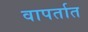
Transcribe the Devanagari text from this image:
वापर्तात